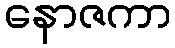
နောဇကာ